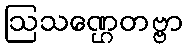
ဩသဏ္ဌေတဗ္ဗာ